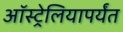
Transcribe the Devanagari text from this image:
ऑस्ट्रेलियापर्यंत